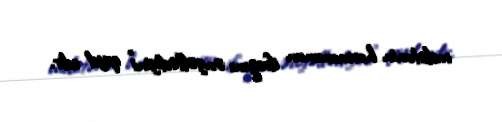
melatonin hormonunun ifrazını əngəllədiyini” qeyd edir.